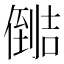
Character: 𰂺